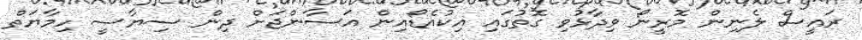
ރައީސް ލެނިން މޮރީނޯ ވިދާޅުވި ގޮތުގައި އިކުއެޑޯއިން އަސާންޖަށް ދިން ސިޔާސީ ހިމާޔަތް